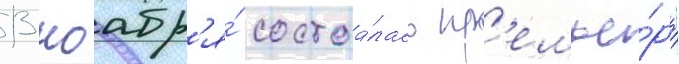
13 ноабр'я́ состоа́лась пр'емье́ра